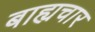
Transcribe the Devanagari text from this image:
बाह्यचार